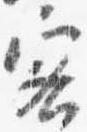
客